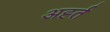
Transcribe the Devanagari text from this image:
अर्ह्त